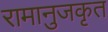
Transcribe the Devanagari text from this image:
रामानुजकृत